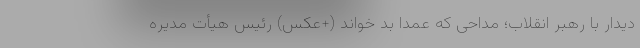
دیدار با رهبر انقلاب؛ مداحی که عمداً بد خواند (+عکس) رئیس هیأت مدیره